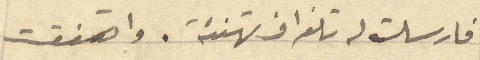
فارسلت له تلغراف تهنئة. وافقت